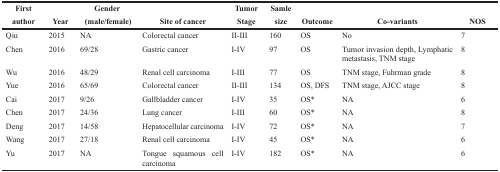
<table><thead><tr><td><b>First</b></td><td></td><td><b>Gender</b></td><td></td><td><b>Tumor</b></td><td><b>Samle</b></td><td></td><td></td><td></td></tr><tr><td><b>author</b></td><td><b>Year</b></td><td><b>(male/female)</b></td><td><b>Site of cancer</b></td><td><b>Stage</b></td><td><b>size</b></td><td><b>Outcome</b></td><td><b>Co-variants</b></td><td><b>NOS</b></td></tr></thead><tbody><tr><td>Qiu</td><td>2015</td><td>NA</td><td>Colorectal cancer</td><td>II-III</td><td>160</td><td>OS</td><td>No</td><td>7</td></tr><tr><td>Chen</td><td>2016</td><td>69/28</td><td>Gastric cancer</td><td>I-IV</td><td>97</td><td>OS</td><td>Tumor invasion depth, Lymphatic metastasis, TNM stage</td><td>8</td></tr><tr><td>Wu</td><td>2016</td><td>48/29</td><td>Renal cell carcinoma</td><td>I-III</td><td>77</td><td>OS</td><td>TNM stage, Fuhrman grade</td><td>8</td></tr><tr><td>Yue</td><td>2016</td><td>65/69</td><td>Colorectal cancer</td><td>II-III</td><td>134</td><td>OS, DFS</td><td>TNM stage, AJCC stage</td><td>8</td></tr><tr><td>Cai</td><td>2017</td><td>9/26</td><td>Gallbladder cancer</td><td>I-IV</td><td>35</td><td>OS*</td><td>NA</td><td>6</td></tr><tr><td>Chen</td><td>2017</td><td>24/36</td><td>Lung cancer</td><td>I-III</td><td>60</td><td>OS*</td><td>NA</td><td>8</td></tr><tr><td>Deng</td><td>2017</td><td>14/58</td><td>Hepatocellular carcinoma</td><td>I-IV</td><td>72</td><td>OS*</td><td>NA</td><td>7</td></tr><tr><td>Wang</td><td>2017</td><td>27/18</td><td>Renal cell carcinoma</td><td>I-IV</td><td>45</td><td>OS*</td><td>NA</td><td>6</td></tr><tr><td>Yu</td><td>2017</td><td>NA</td><td>Tongue squamous cell carcinoma</td><td>I-IV</td><td>182</td><td>OS*</td><td>NA</td><td>6</td></tr></tbody></table>